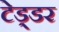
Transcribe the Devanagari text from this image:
टेड्डर